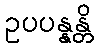
ဥပပန္နန္တိ